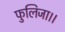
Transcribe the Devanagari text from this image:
फुलिजा।।